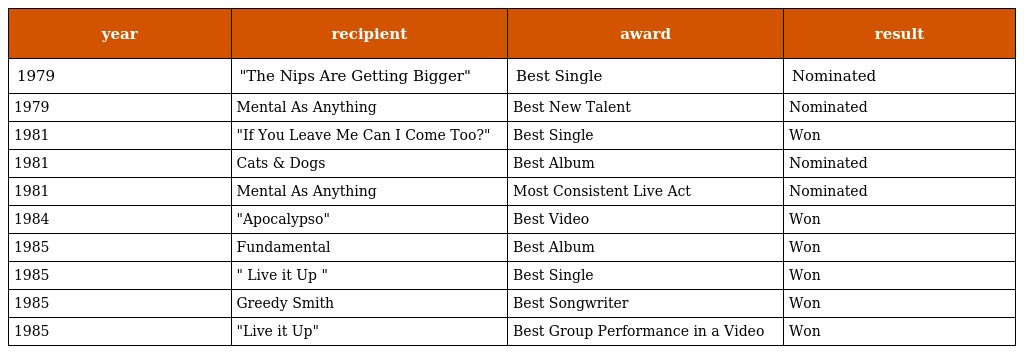
| year | recipient | award | result |
 | --- | --- | --- | --- |
 | 1979 | "The Nips Are Getting Bigger" | Best Single | Nominated |
 | 1979 | Mental As Anything | Best New Talent | Nominated |
 | 1981 | "If You Leave Me Can I Come Too?" | Best Single | Won |
 | 1981 | Cats & Dogs | Best Album | Nominated |
 | 1981 | Mental As Anything | Most Consistent Live Act | Nominated |
 | 1984 | "Apocalypso" | Best Video | Won |
 | 1985 | Fundamental | Best Album | Won |
 | 1985 | " Live it Up " | Best Single | Won |
 | 1985 | Greedy Smith | Best Songwriter | Won |
 | 1985 | "Live it Up" | Best Group Performance in a Video | Won |